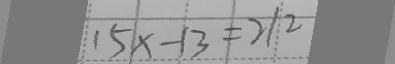
1 5 x - 1 3 = 2 1 2